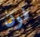
فون